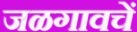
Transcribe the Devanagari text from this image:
जळगावचें